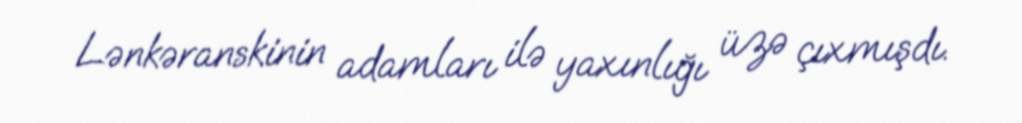
Lənkəranskinin adamları ilə yaxınlığı üzə çıxmışdı.